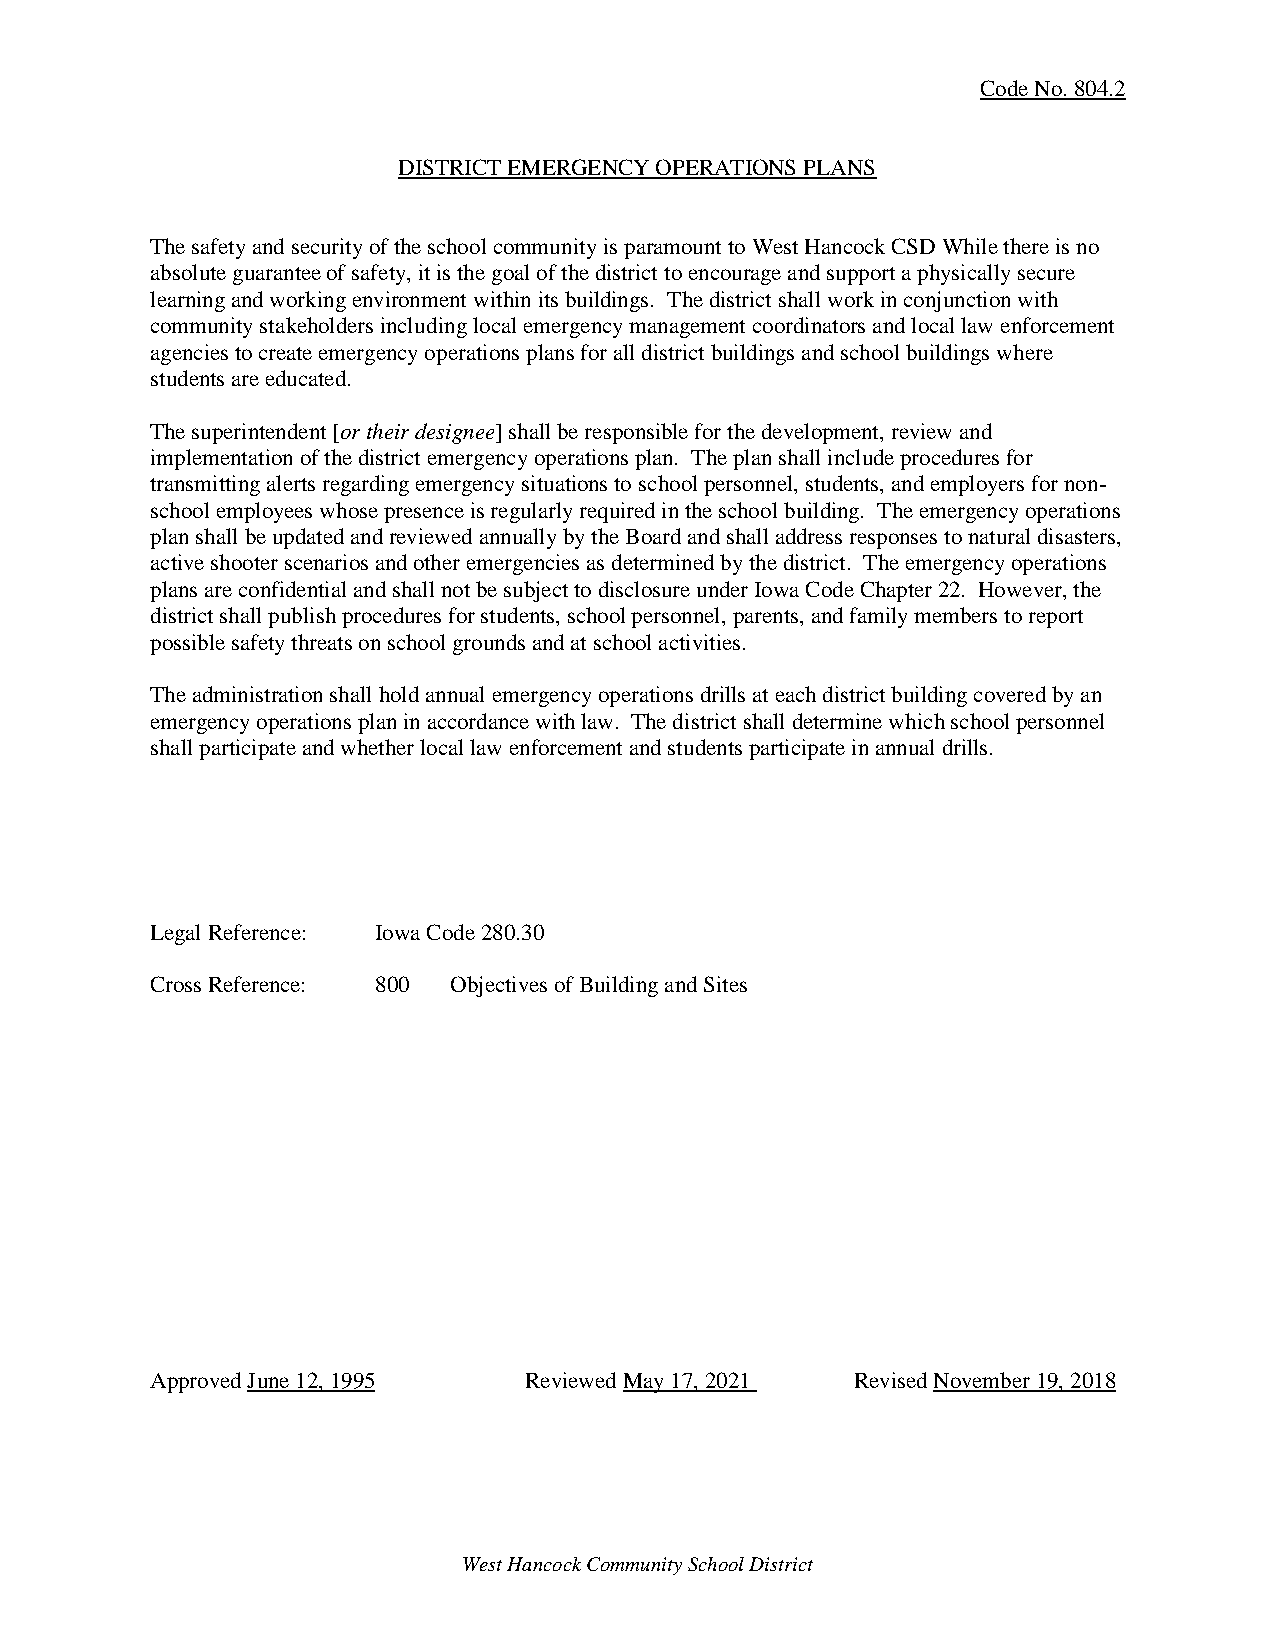
Code No. 804.2
 DISTRICT EMERGENCY OPERATIONS PLANS
 The safety and security of the school community is paramount to West Hancock CSD While there is no
 absolute guarantee of safety, it is the goal of the district to encourage and support a physically secure
 learning and working environment within its buildings. The district shall work in conjunction with
 community stakeholders including local emergency management coordinators and local law enforcement
 agencies to create emergency operations plans for all district buildings and school buildings where
 students are educated.
 The superintendent [or their designee] shall be responsible for the development, review and
 implementation of the district emergency operations plan. The plan shall include procedures for
 transmitting alerts regarding emergency situations to school personnel, students, and employers for non-
 school employees whose presence is regularly required in the school building. The emergency operations
 plan shall be updated and reviewed annually by the Board and shall address responses to natural disasters,
 active shooter scenarios and other emergencies as determined by the district. The emergency operations
 plans are confidential and shall not be subject to disclosure under Iowa Code Chapter 22. However, the
 district shall publish procedures for students, school personnel, parents, and family members to report
 possible safety threats on school grounds and at school activities.
 The administration shall hold annual emergency operations drills at each district building covered by an
 emergency operations plan in accordance with law. The district shall determine which school personnel
 shall participate and whether local law enforcement and students participate in annual drills.
 Legal Reference: Iowa Code 280.30
 Cross Reference: 800 Objectives of Building and Sites
 Approved June 12, 1995   Reviewed May 17, 2021 Revised November 19, 2018
 West Hancock Community School District